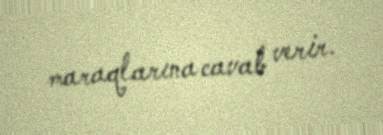
maraqlarına cavab verir.